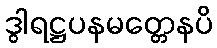
ဒွါရဋ္ဌပနမတ္တေနပိ